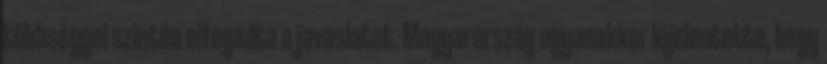
többséggel szintén elfogadta a javaslatot. Magyarország ugyanakkor kijelentette, hogy